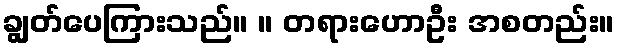
ချွတ်ပေကြားသည်။ ။ တရားဟောဦး အစတည်း။